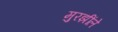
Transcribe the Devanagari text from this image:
मुरझींले